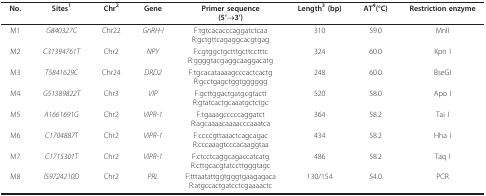
<table><thead><tr><td><b>No.</b></td><td><b>Sites<sup>1</sup></b></td><td><b>Chr<sup>2</sup></b></td><td><b>Gene</b></td><td><b>Primer sequence(5&#x27;→3&#x27;)</b></td><td><b>Length<sup>3 </sup>(bp)</b></td><td><b>AT<sup>4</sup>(°C)</b></td><td><b>Restriction enzyme</b></td></tr></thead><tbody><tr><td>M1</td><td><i>G840327C</i></td><td>Chr22</td><td><i>GnRH-I</i></td><td>F:tgtcacacccaggatctcaaR:gctgttcagaggcacgtgag</td><td>310</td><td>59.0</td><td>MnII</td></tr><tr><td>M2</td><td><i>C31394761T</i></td><td>Chr2</td><td><i>NPY</i></td><td>F:cgtggctgctttgcttcctttcR:ggggtacgaggcaaggacatg</td><td>324</td><td>60.0</td><td>Kpn I</td></tr><tr><td>M3</td><td><i>T5841629C</i></td><td>Chr24</td><td><i>DRD2</i></td><td>F:tgcacataaaagcccactcactgR:gcctgagctggtgggggg</td><td>248</td><td>60.0</td><td>BseGI</td></tr><tr><td>M4</td><td><i>G51389822T</i></td><td>Chr3</td><td><i>VIP</i></td><td>F:gcttggactgatgcgtacttR:gtatcactgcaaatgctctgc</td><td>520</td><td>58.0</td><td>Apo I</td></tr><tr><td>M5</td><td><i>A1661691G</i></td><td>Chr2</td><td><i>VIPR-1</i></td><td>F:tgaaagcccccaggatctR:agcaaaacaaaacccaaatca</td><td>364</td><td>58.2</td><td>Tai I</td></tr><tr><td>M6</td><td><i>C1704887T</i></td><td>Chr2</td><td><i>VIPR-1</i></td><td>F:ccccgttaaactcagcagacR:cccaaagtcccacaaggtaa</td><td>434</td><td>58.2</td><td>Hha I</td></tr><tr><td>M7</td><td><i>C1715301T</i></td><td>Chr2</td><td><i>VIPR-1</i></td><td>F:ctcctcaggcagaccatcatgR:cttgcacgtatccttgggtagc</td><td>486</td><td>58.2</td><td>Taq I</td></tr><tr><td>M8</td><td><i>I59724210D</i></td><td>Chr2</td><td><i>PRL</i></td><td>F:tttaatattggtgggtgaagagacaR:atgccactgatcctcgaaaactc</td><td>130/154</td><td>54.0</td><td>PCR</td></tr></tbody></table>